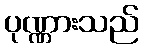
ပုဏ္ဏားသည်